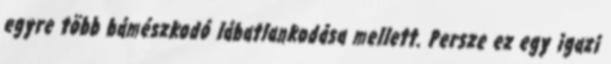
egyre több bámészkodó lábatlankodása mellett. Persze ez egy igazi